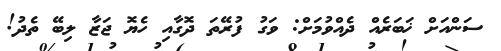
ސަންއަށް ޚަބަރެއް ދެއްވުމަށް: ވަގު ފުރޭތަ ދޮގާއި ހެޔޮ ޖަޒާ ލިބޭ ތެދު!